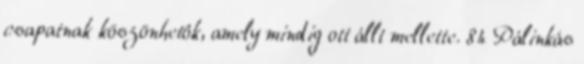
csapatnak köszönhetôk, amely mindig ott állt mellette. 84 Pálinkás